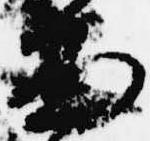
面